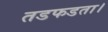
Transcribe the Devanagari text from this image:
तडफडता।